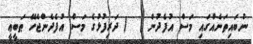
ނުބައިތަނެއްގައި މަސް އުފެދުން (  ) ދަރިފުޅުގެ މަސް އުފެދެންޖެހޭ ޠަބީޢީ